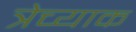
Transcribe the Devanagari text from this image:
त्रेच्याक